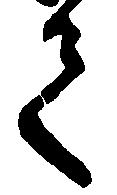
て